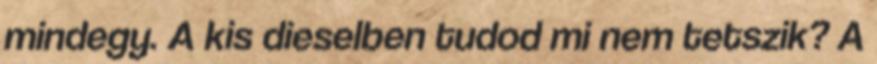
mindegy. A kis dieselben tudod mi nem tetszik? A